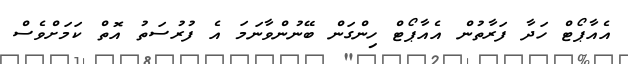
އެއާޕޯޓް ހަދާ ފަރާތުން އެއާޕޯޓް ހިންގަން ބޭނުންވާނަމަ އެ ފުރުސަތު އޮތް ކަމަށްވެސް